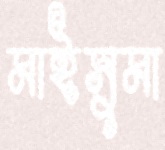
মাইসুমা